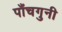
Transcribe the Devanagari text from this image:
पाँचगुनी